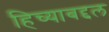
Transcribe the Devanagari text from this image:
हिच्याबद्दल